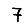
Digit: 7